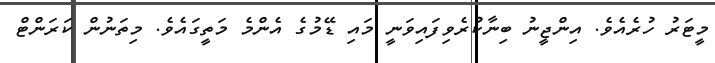
މީޓަރު ހުރެއެވެ. އިންޖީނު ބިނާކުރެވިފައިވަނީ މައި ޑޭމުގެ އެންމެ މަތީގައެވެ. މިތަނުން ކަރަންޓް